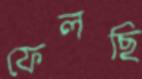
ফেলছি